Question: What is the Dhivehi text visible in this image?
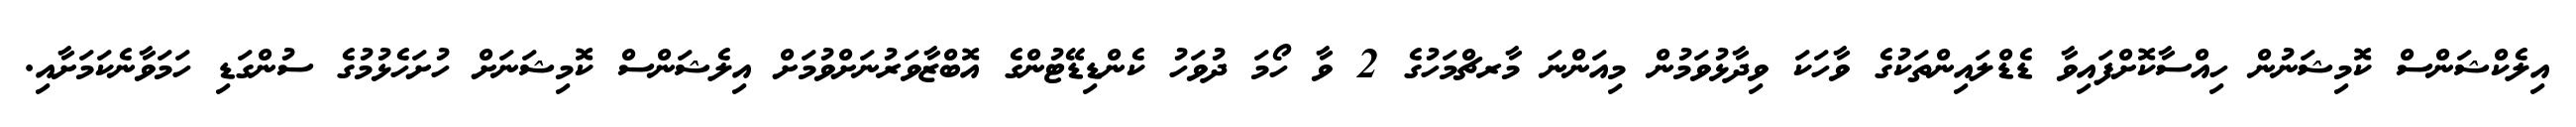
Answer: އިލެކްޝަންސް ކޮމިޝަނުން ހިއްސާކޮށްފައިވާ ޑެޑްލައިންތަކުގެ ވާހަކަ ވިދާޅުވަމުން މިއަންނަ މާރޗްމަހުގެ 2 ވާ ހޯމަ ދުވަހު ކެންޑިޑޭޓުންގެ އޮބްޒާވަރުނަށްވުމަށް އިލެޝަންސް ކޮމިޝަނަށް ހުށަހެޅުމުގެ ސުންގަޑި ހަމަވާނެކަމަށާއި.